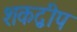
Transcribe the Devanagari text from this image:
शकद्वीप